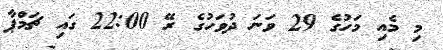
މި މެއި މަހުގެ 29 ވަނަ ދުވަހުގެ ރޭ 22:00 ގައި ޗަމްޕާ